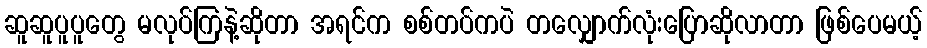
ဆူဆူပူပူတွေ မလုပ်ကြနဲ့ဆိုတာ အရင်က စစ်တပ်ကပဲ တလျှောက်လုံးပြောဆိုလာတာ ဖြစ်ပေမယ့်